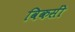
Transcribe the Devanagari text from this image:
विकसीं